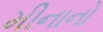
મીનાનો